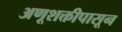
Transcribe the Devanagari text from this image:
अणूशक्तीपासून